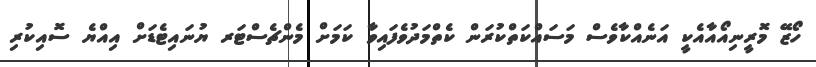
ހޯޒޭ މޮރީނިއޯއާއެކީ އަނެއްކާވެސް މަސައްކަތްކުރަން ކެތްމަދުވެފައިވާ ކަމަށް މެންޗެސްޓަރ ޔުނައިޓެޑަށް އިއްޔެ ސޮއިކުރި